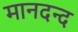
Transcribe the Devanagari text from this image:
मानदन्द